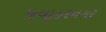
જવાહરનગર